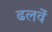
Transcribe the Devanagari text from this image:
ढलवें